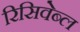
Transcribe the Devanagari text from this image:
रिसिवेब्ल